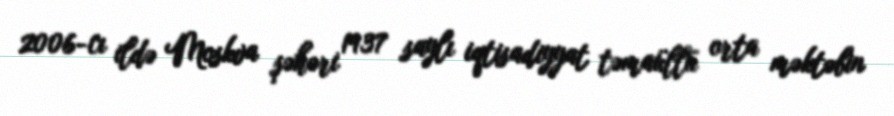
2006-cı ildə Moskva şəhəri 1937 saylı iqtisadiyyat təmaüllü orta məktəbin